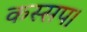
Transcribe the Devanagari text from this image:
कस्सप।